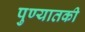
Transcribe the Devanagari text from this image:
पुण्यातकी